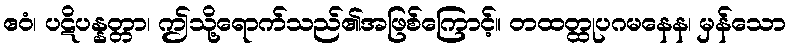
ဧဝံ၊ ပဋိပန္နတ္တာ၊ ဤသို့ရောက်သည်၏အဖြစ်ကြောင့်။ တထတ္ထုပဂမနေန၊ မှန်သော